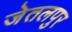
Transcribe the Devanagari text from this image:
जेतलपुर